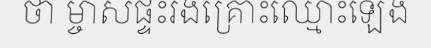
ថា ម្ចាសផ្ទះរងគ្រោះឈ្មោះឡេង